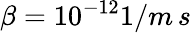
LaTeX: \beta=10^{-12}1/m\, s